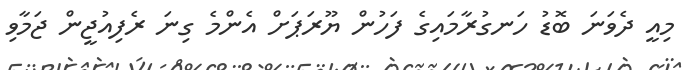
މިއީ ދެވަނަ ބޮޑު ހަނގުރާމައިގެ ފަހުން ޔޫރަޕަށް އެންމެ ގިނަ ރެފިއުޖީން ޖަމާވި